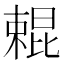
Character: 𣙹